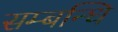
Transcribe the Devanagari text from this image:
सम्‍बन्‍धि